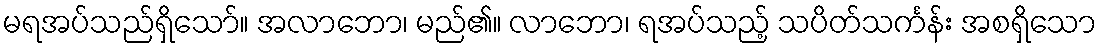
မရအပ်သည်ရှိသော်။ အလာဘော၊ မည်၏။ လာဘော၊ ရအပ်သည့် သပိတ်သင်္ကန်း အစရှိသော